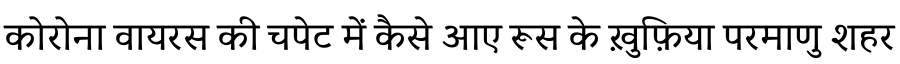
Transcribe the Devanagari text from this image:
कोरोना वायरस की चपेट में कैसे आए रूस के ख़ुफ़िया परमाणु शहर